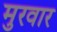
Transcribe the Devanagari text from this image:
मुरवार